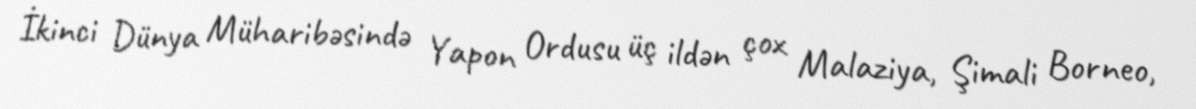
İkinci Dünya Müharibəsində Yapon Ordusu üç ildən çox Malaziya, Şimali Borneo,